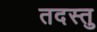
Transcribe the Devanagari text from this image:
तदस्तु